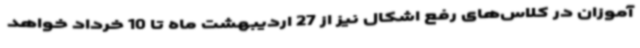
آموزان در کلاس‌های رفع اشکال نیز از 27 اردیبهشت ماه تا 10 خرداد خواهد